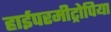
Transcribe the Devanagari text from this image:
हाईपरमीट्रोपिया